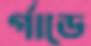
র্গাডে